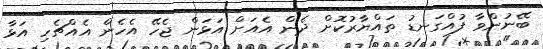
ބޭނުންވާ ފުއްގަނޑު ތައްޔާރުކޮށް ދެން އެއަށް އަޅަން ޖެހޭ އެހެން އެއްޗެހި އަޅާ